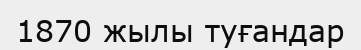
1870 жылы туғандар